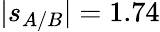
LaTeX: \vert s_{A/B}\vert=1.74